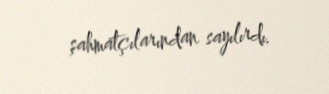
şahmatçılarından sayılırdı.